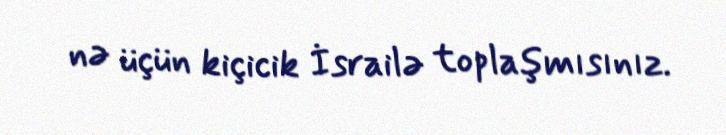
nə üçün kiçicik İsrailə toplaşmısınız.